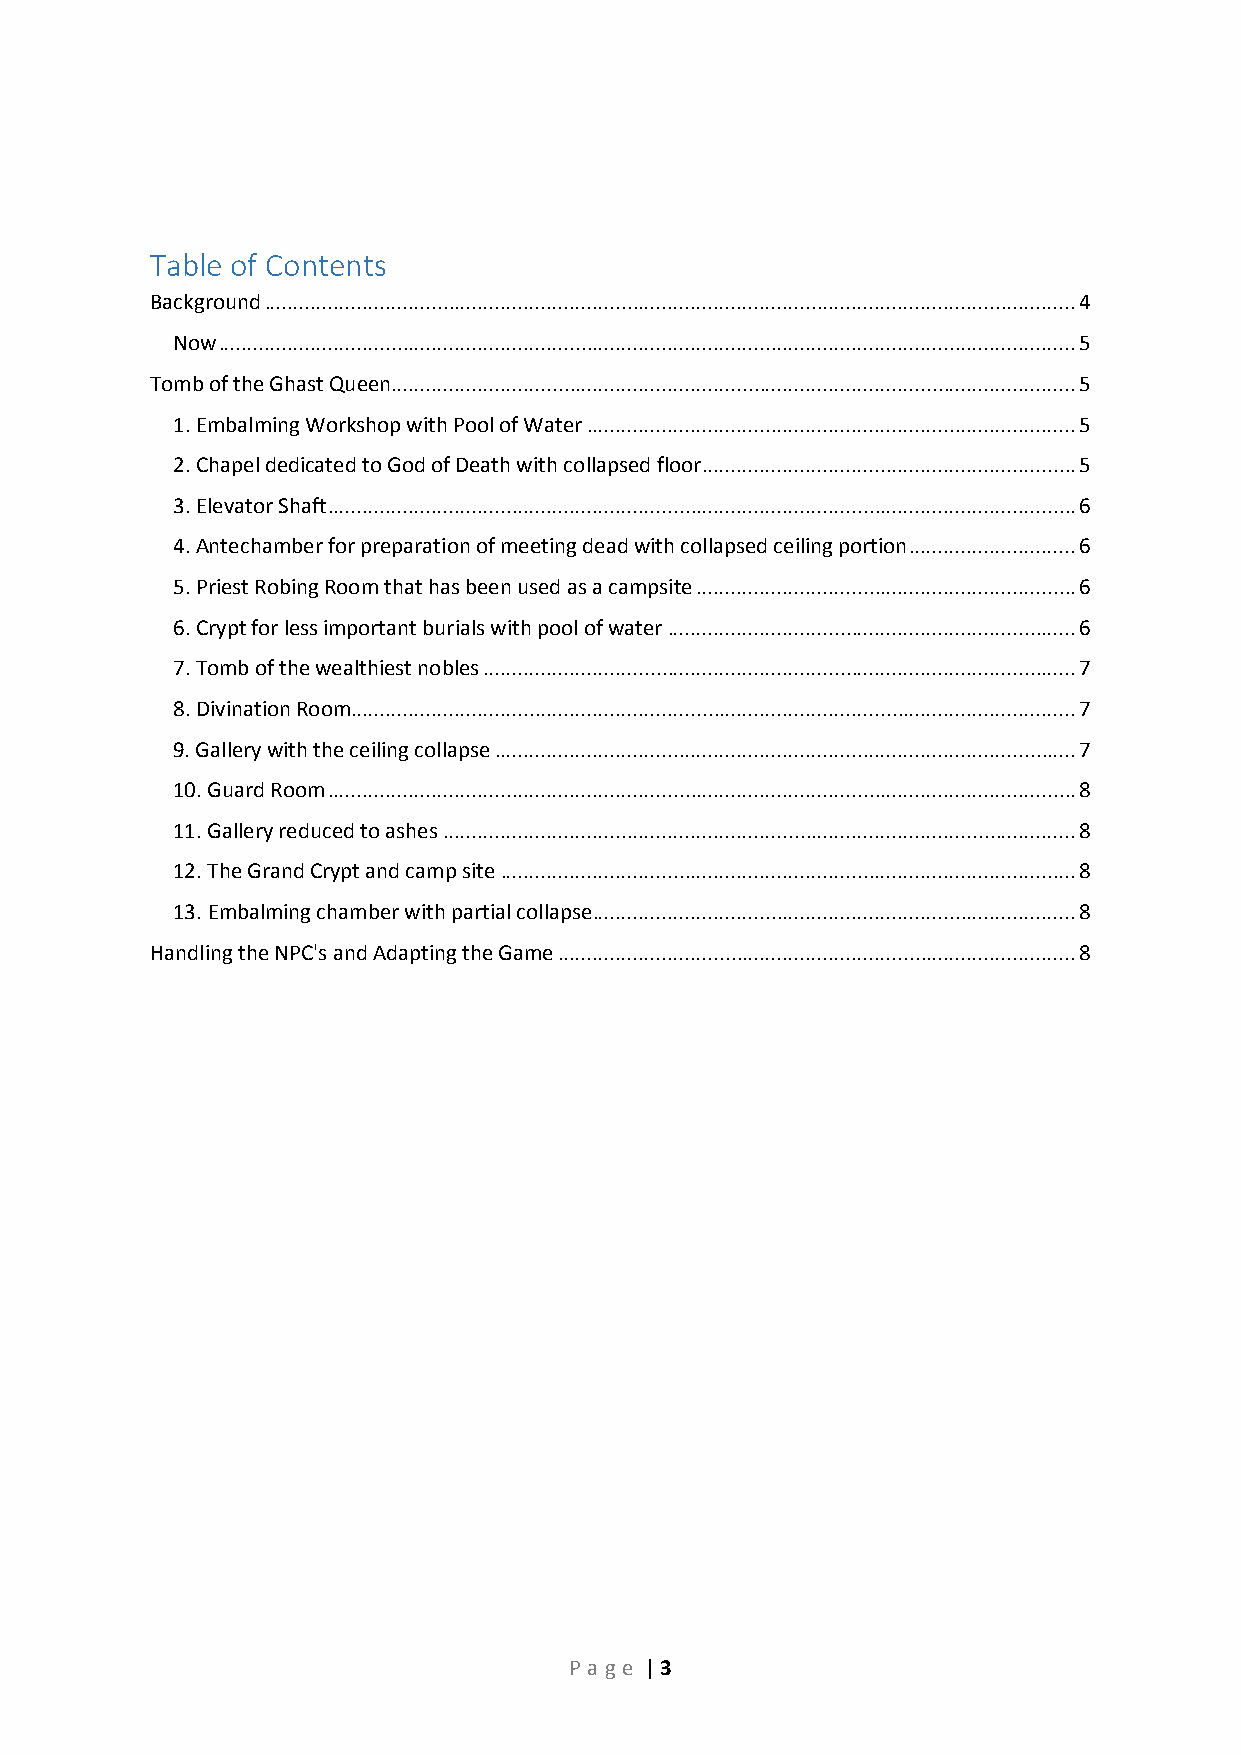
Table of Contents
 Background ............................................................................................................................................. 4
 Now ..................................................................................................................................................... 5
 Tomb of the Ghast Queen....................................................................................................................... 5
 1. Embalming Workshop with Pool of Water ..................................................................................... 5
 2. Chapel dedicated to God of Death with collapsed floor ................................................................. 5
 3. Elevator Shaft .................................................................................................................................. 6
 4. Antechamber for preparation of meeting dead with collapsed ceiling portion ............................. 6
 5. Priest Robing Room that has been used as a campsite .................................................................. 6
 6. Crypt for less important burials with pool of water ....................................................................... 6
 7. Tomb of the wealthiest nobles ....................................................................................................... 7
 8. Divination Room.............................................................................................................................. 7
 9. Gallery with the ceiling collapse ..................................................................................................... 7
 10. Guard Room .................................................................................................................................. 8
 11. Gallery reduced to ashes .............................................................................................................. 8
 12. The Grand Crypt and camp site .................................................................................................... 8
 13. Embalming chamber with partial collapse .................................................................................... 8
 Handling the NPC's and Adapting the Game .......................................................................................... 8
 P age | 3